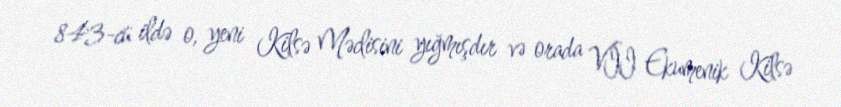
843-cü ildə o, yeni Kilsə Məclisini yığmışdır və orada VII Ekumenik Kilsə